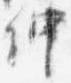
仲